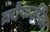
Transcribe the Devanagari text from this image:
क्रौफर्डविल